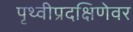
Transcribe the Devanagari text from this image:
पृथ्वीप्रदक्षिणेवर